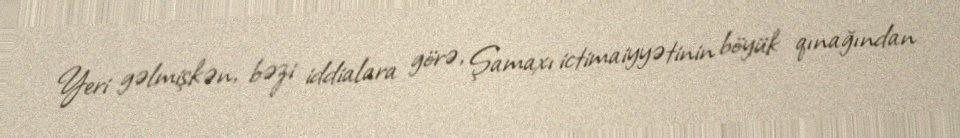
Yeri gəlmişkən, bəzi iddialara görə, Şamaxı ictimaiyyətinin böyük qınağından